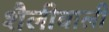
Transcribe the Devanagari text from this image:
शैलीवाली